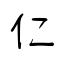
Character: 仁